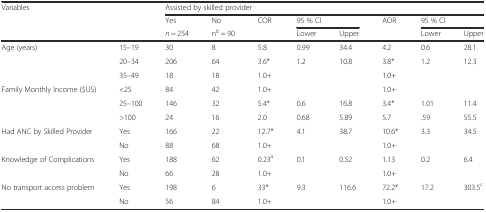
<table><thead><tr><td rowspan="3" colspan="2"><b>Variables</b></td><td colspan="8"><b>Assisted by skilled provider</b></td></tr><tr><td><b>Yes</b></td><td><b>No</b></td><td rowspan="2"><b>COR</b></td><td colspan="2"><b>95 % CI</b></td><td rowspan="2"><b>AOR</b></td><td colspan="2"><b>95 % CI</b></td></tr><tr><td><b><i>n</i> = 254</b></td><td><b>n<sup>b</sup> = 90</b></td><td><b>Lower</b></td><td><b>Upper</b></td><td><b>Lower</b></td><td><b>Upper</b></td></tr></thead><tbody><tr><td rowspan="3">Age (years)</td><td>15–19</td><td>30</td><td>8</td><td>5.8</td><td>0.99</td><td>34.4</td><td>4.2</td><td>0.6</td><td>28.1</td></tr><tr><td>20–34</td><td>206</td><td>64</td><td>3.6*</td><td>1.2</td><td>10.8</td><td>3.8*</td><td>1.2</td><td>12.3</td></tr><tr><td>35–49</td><td>18</td><td>18</td><td>1.0+</td><td></td><td></td><td>1.0+</td><td></td><td></td></tr><tr><td rowspan="3">Family Monthly Income ($US)</td><td>&lt;25</td><td>84</td><td>42</td><td>1.0+</td><td></td><td></td><td>1.0+</td><td></td><td></td></tr><tr><td>25–100</td><td>146</td><td>32</td><td>5.4*</td><td>0.6</td><td>16.8</td><td>3.4*</td><td>1.01</td><td>11.4</td></tr><tr><td>&gt;100</td><td>24</td><td>16</td><td>2.0</td><td>0.68</td><td>5.89</td><td>5.7</td><td>.59</td><td>55.5</td></tr><tr><td rowspan="2">Had ANC by Skilled Provider</td><td>Yes</td><td>166</td><td>22</td><td>12.7*</td><td>4.1</td><td>38.7</td><td>10.6*</td><td>3.3</td><td>34.5</td></tr><tr><td>No</td><td>88</td><td>68</td><td>1.0+</td><td></td><td></td><td>1.0+</td><td></td><td></td></tr><tr><td rowspan="2">Knowledge of Complications</td><td>Yes</td><td>188</td><td>62</td><td>0.23<sup>a</sup></td><td>0.1</td><td>0.52</td><td>1.13</td><td>0.2</td><td>6.4</td></tr><tr><td>No</td><td>66</td><td>28</td><td>1.0+</td><td></td><td></td><td>1.0+</td><td></td><td></td></tr><tr><td rowspan="2">No transport access problem</td><td>Yes</td><td>198</td><td>6</td><td>33*</td><td>9.3</td><td>116.6</td><td>72.2*</td><td>17.2</td><td>303.5<sup>c</sup></td></tr><tr><td>No</td><td>56</td><td>84</td><td>1.0+</td><td></td><td></td><td>1.0+</td><td></td><td></td></tr></tbody></table>